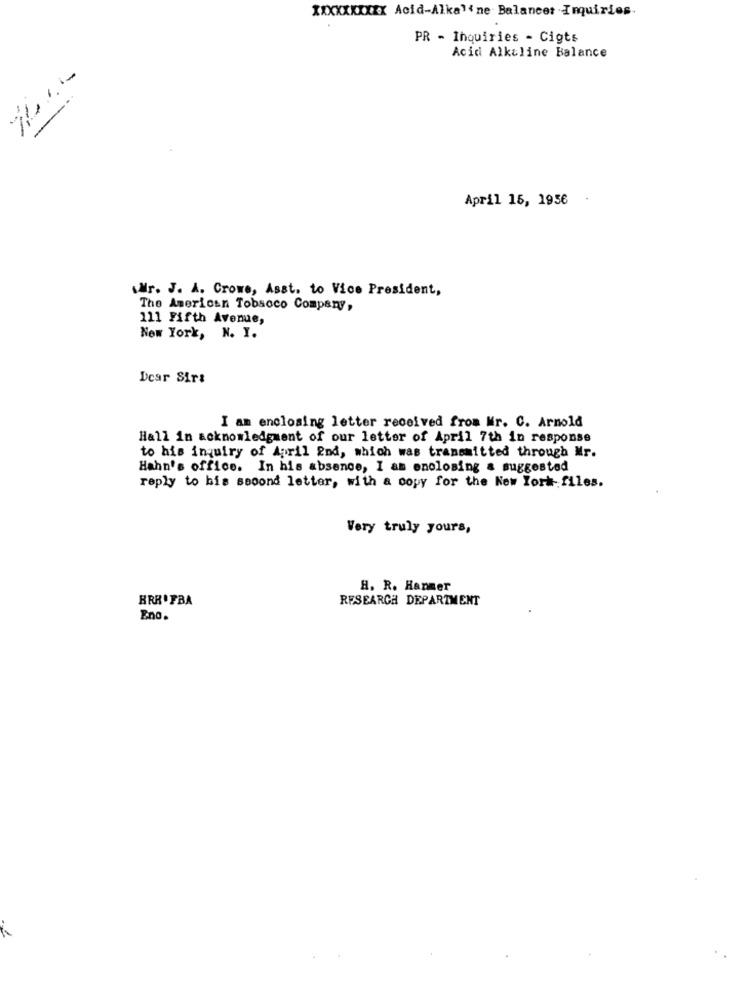
XXXXXXXXXX Acid-Alkaline Balancer .Imquiries.
.
PR - Inquiries - Cigts
Acid Alkaline Balance
April 15, 1956
Wr. J. A. Crowe, Asst. to Vice President,
The American Tobacco Company,
111 Fifth Avenue,
New York, N. I.
Dear Sirs
I am enclosing letter received from Mr. C. Arnold
Hall in acknowledgment of our letter of April 7th in response
to his inquiry of April 2nd, which was transmitted through Mr.
Hahn's office. In his absence, I am enclosing a suggested
reply to his second letter, with a copy for the New York-files.
Very truly yours,
H. R. Hanmer
BRR. FBA
RESEARCH DEPARTMENT
Eno.